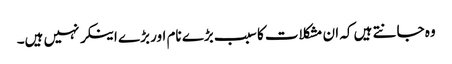
وہ جانتے ہیں کہ ان مشکلات کا سبب بڑے نام اور بڑے اینکر نہیں ہیں۔